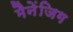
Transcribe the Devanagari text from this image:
मैनेंजिग